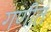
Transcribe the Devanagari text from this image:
गणीत